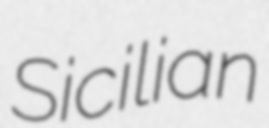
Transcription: Sicilian